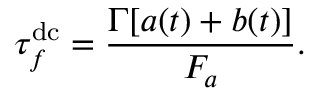
\tau _ { f } ^ { \mathrm { d c } } = \frac { \Gamma [ a ( t ) + b ( t ) ] } { F _ { a } } .